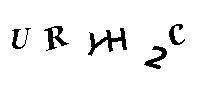
URYH2C